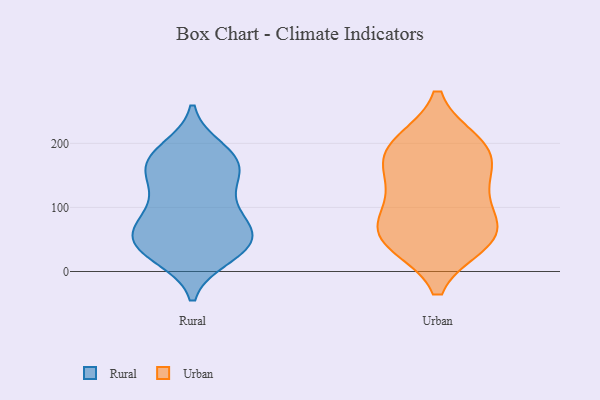
{"axis": {"x": "Backlog", "y": "Value"}, "legend": ["Rural", "Urban"], "data": [{"x": "", "y": 48, "type": "Rural"}, {"x": "", "y": 24, "type": "Rural"}, {"x": "", "y": 179, "type": "Rural"}, {"x": "", "y": 140, "type": "Rural"}, {"x": "", "y": 176, "type": "Rural"}, {"x": "", "y": 36, "type": "Rural"}, {"x": "", "y": 94, "type": "Rural"}, {"x": "", "y": 174, "type": "Rural"}, {"x": "", "y": 42, "type": "Rural"}, {"x": "", "y": 81, "type": "Rural"}, {"x": "", "y": 28, "type": "Rural"}, {"x": "", "y": 86, "type": "Rural"}, {"x": "", "y": 127, "type": "Rural"}, {"x": "", "y": 162, "type": "Rural"}, {"x": "", "y": 154, "type": "Rural"}, {"x": "", "y": 190, "type": "Rural"}, {"x": "", "y": 53, "type": "Rural"}, {"x": "", "y": 48, "type": "Rural"}, {"x": "", "y": 70, "type": "Rural"}, {"x": "", "y": 175, "type": "Urban"}, {"x": "", "y": 54, "type": "Urban"}, {"x": "", "y": 131, "type": "Urban"}, {"x": "", "y": 197, "type": "Urban"}, {"x": "", "y": 182, "type": "Urban"}, {"x": "", "y": 47, "type": "Urban"}, {"x": "", "y": 46, "type": "Urban"}, {"x": "", "y": 199, "type": "Urban"}, {"x": "", "y": 127, "type": "Urban"}, {"x": "", "y": 70, "type": "Urban"}, {"x": "", "y": 75, "type": "Urban"}]}